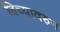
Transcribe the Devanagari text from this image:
तिच्यावरुन